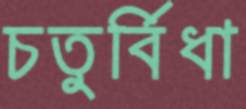
চতুর্বিধা